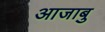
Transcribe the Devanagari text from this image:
आजाबु